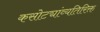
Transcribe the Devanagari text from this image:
कसोट्यांव्यतिरिक्त